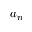
a _ { n }